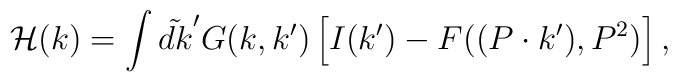
{\cal H}(k) = \int\tilde{dk}^{\prime} G(k, k^{\prime})\left[ I(k^{\prime}) -F((P\cdot k^{\prime}), P^2)\right],